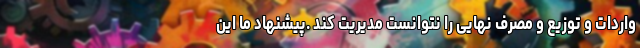
واردات و توزیع و مصرف نهایی را نتوانست مدیریت کند .پیشنهاد ما این